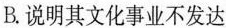
B.说明其文化事业不发达